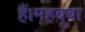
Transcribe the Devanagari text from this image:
हैं।महबूबा